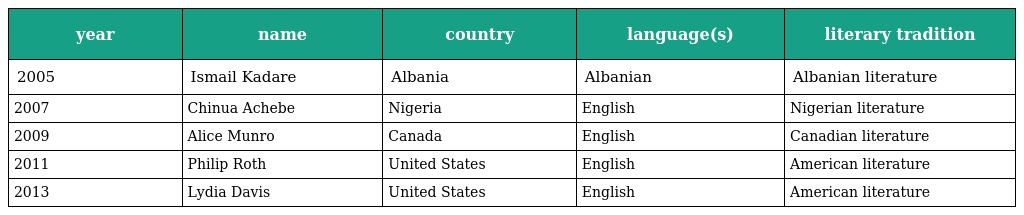
| year | name | country | language(s) | literary tradition |
 | --- | --- | --- | --- | --- |
 | 2005 | Ismail Kadare | Albania | Albanian | Albanian literature |
 | 2007 | Chinua Achebe | Nigeria | English | Nigerian literature |
 | 2009 | Alice Munro | Canada | English | Canadian literature |
 | 2011 | Philip Roth | United States | English | American literature |
 | 2013 | Lydia Davis | United States | English | American literature |